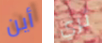
أين ثري